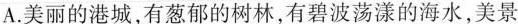
A.美丽的港城，有葱郁的树林，有碧波荡漾的海水，美景